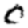
Digit: 0